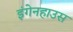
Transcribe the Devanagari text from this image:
इंगेनहाउस